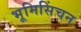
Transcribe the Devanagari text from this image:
भूमिसिंचन